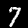
Label: 7